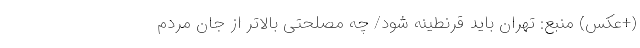
(+عکس) منبع: تهران باید قرنطینه شود/ چه مصلحتی بالاتر از جان مردم